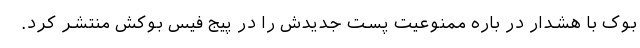
بوک با هشدار در باره ممنوعیت پست جدیدش را در پیج فیس بوکش منتشر کرد.